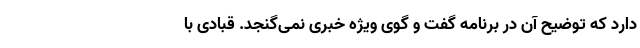
دارد که توضیح آن در برنامه گفت و گوی ویژه خبری نمی‌گنجد. قبادی با